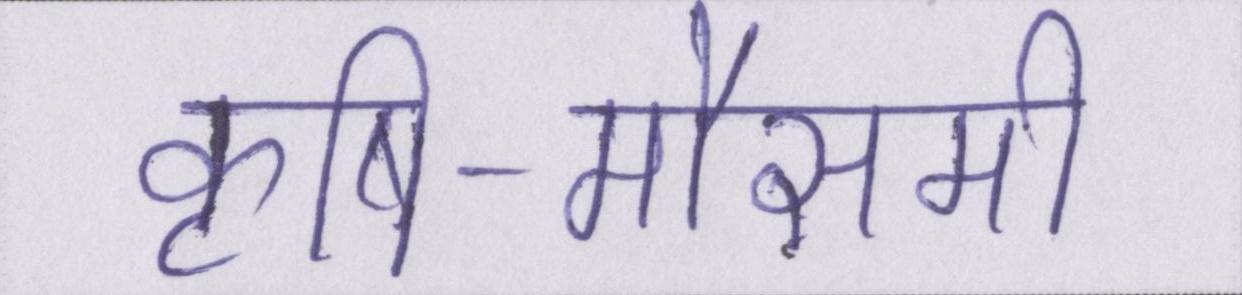
कृषि-मौसमी